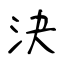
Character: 決